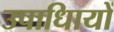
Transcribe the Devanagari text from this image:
उपाधिायों